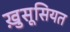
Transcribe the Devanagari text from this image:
ख़ुसूसियत